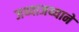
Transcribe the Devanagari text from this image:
जथ्याजथ्याने